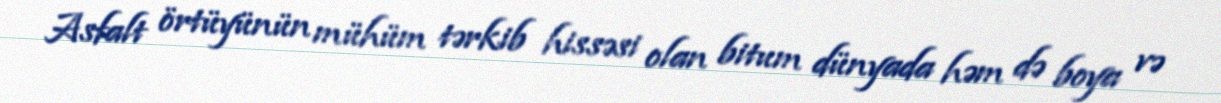
Asfalt örtüyünün mühüm tərkib hissəsi olan bitum dünyada həm də boya və